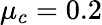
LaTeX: \mu_{c}=0.2